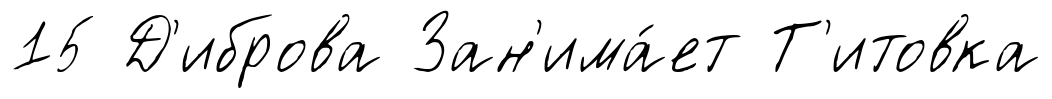
15 Д'иброва Зан'има́ет Т'итовка